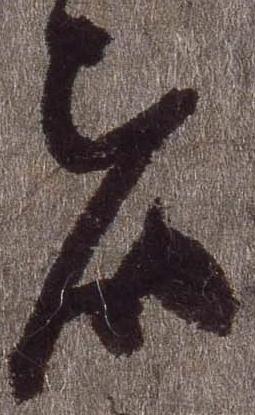
者